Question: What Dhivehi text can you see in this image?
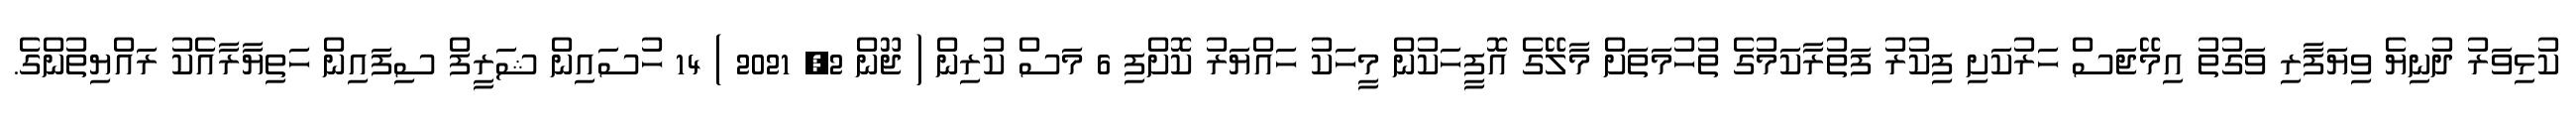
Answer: ކުޅިވަރު ދުނިޔެ ވިޔަފާރި ވަގުތު އިމޭޖަސް ހަރުކަށި ފިކުރު ފަތުރާކަމުގެ ތުހުމަތަށް މާލޭގެ އޮފީހަކުން މީހަކު ހައްޔަރު ކޮށްފި 6 މަސް ކުރިން ( ޖޫން 2, 2021 ) 14 ހުސައިން ޝަރީފް ސިފައިން ހަތިޔާރާއެކު ރައްޔިތުންގެ.